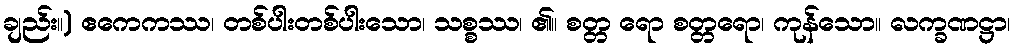
ချည်း။) ဧကေကဿ၊ တစ်ပါးတစ်ပါးသော၊ သစ္စဿ၊ ၏။ စတ္တ ရော စတ္တရော၊ ကုန်သော။ လက္ခဏဋ္ဌာ၊